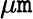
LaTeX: \mu\mathtt{m}